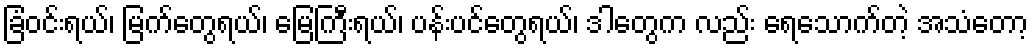
ခြံဝင်းရယ်၊ မြက်တွေရယ်၊ မြေကြီးရယ်၊ ပန်းပင်တွေရယ်၊ ဒါတွေက လည်း ရေသောက်တဲ့ အသံတော့